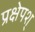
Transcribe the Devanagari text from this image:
प्रक्षेपश्